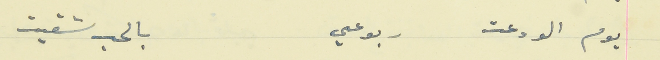
يوم الودعت    ربوعي                                         بالحب شقيت